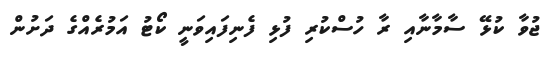
ޖުވާ ކުޅޭ ސާމާނާއި ރާ ހުސްކުރި ފުޅި ފެނިފައިވަނީ ކޯޓު އަމުރެއްގެ ދަށުން